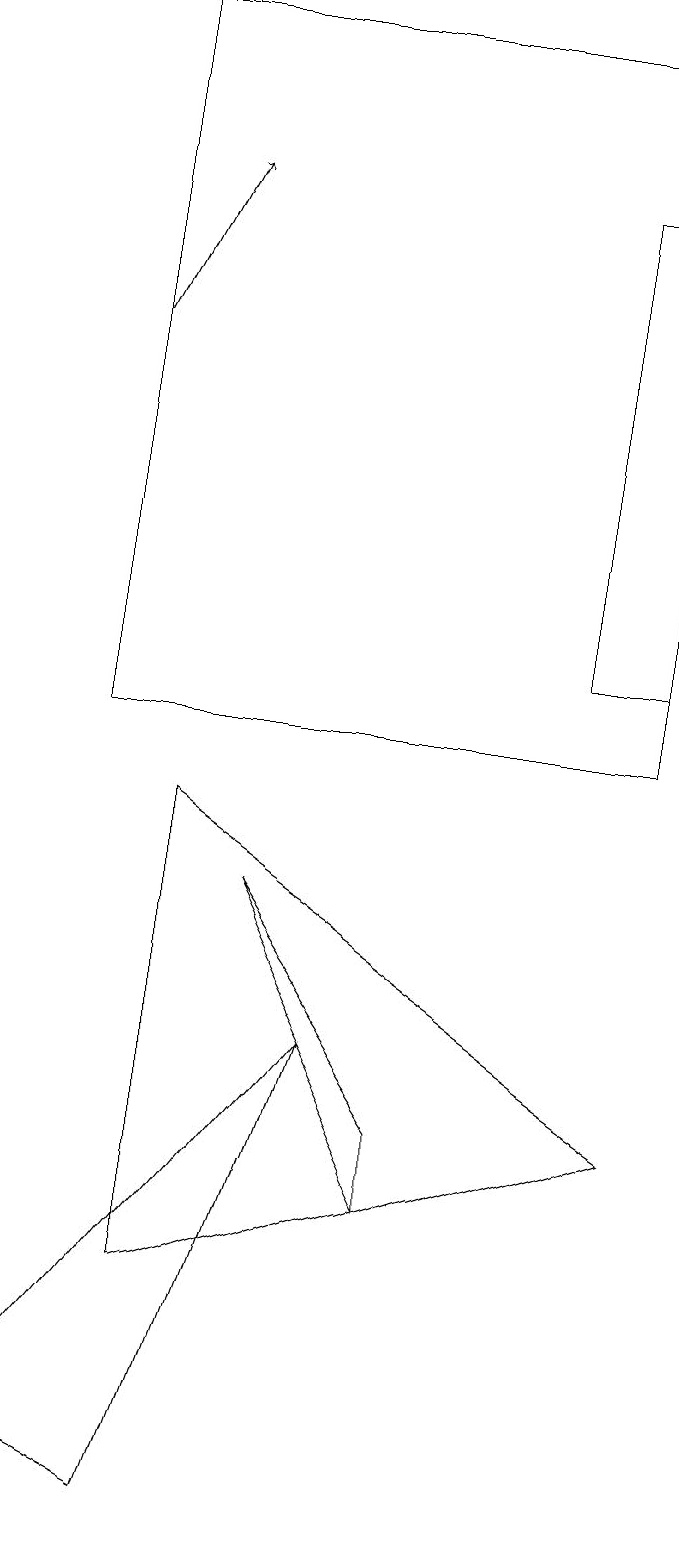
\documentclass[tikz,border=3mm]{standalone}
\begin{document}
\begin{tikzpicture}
\draw (9,17) rectangle (8,11);
\draw (6,4) -- (6,5) -- (4,8) -- cycle;
\draw (2,10) rectangle (9,19);
\draw (2,18) rectangle (2,19);
\draw[->] (2,15) -- (3,17);
\draw (5,6) -- (1,1) -- (3,0) -- cycle;
\draw (9,5) -- (3,3) -- (3,9) -- cycle;
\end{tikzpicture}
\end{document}